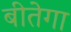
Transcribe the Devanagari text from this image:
बीतेगा